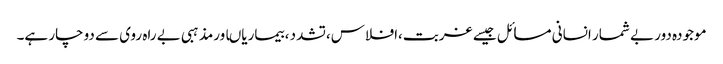
موجودہ دور بے شمار انسانی مسائل جیسے غربت،افلاس،تشدد ،بیماریاںاورمذہبی بے راہ روی سے دوچار ہے۔